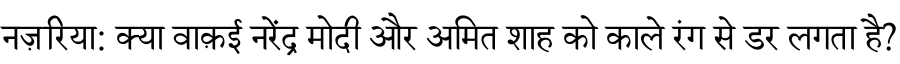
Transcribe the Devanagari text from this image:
नज़रिया: क्या वाक़ई नरेंद्र मोदी और अमित शाह को काले रंग से डर लगता है?